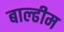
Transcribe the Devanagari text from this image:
बाल्ढीम